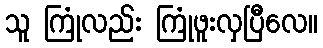
သူ ကြုံလည်း ကြုံဖူးလှပြီလေ။